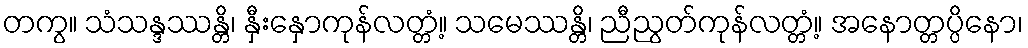
တကွ။ သံသန္ဒဿန္တိ၊ နှီးနှောကုန်လတ္တံ့။ သမေဿန္တိ၊ ညီညွတ်ကုန်လတ္တံ့။ အနောတ္တပ္ပိနော၊